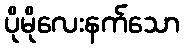
ပိုမိုလေးနက်သော